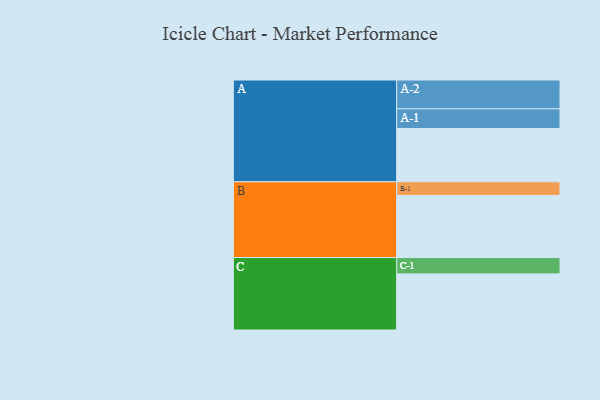
{"axis": {"x": "Segment", "y": "Value"}, "legend": ["", "A", "B", "C"], "data": [{"x": "A", "y": 498, "type": ""}, {"x": "B", "y": 580, "type": ""}, {"x": "C", "y": 524, "type": ""}, {"x": "A-1", "y": 184, "type": "A"}, {"x": "A-2", "y": 269, "type": "A"}, {"x": "B-1", "y": 128, "type": "B"}, {"x": "C-1", "y": 153, "type": "C"}]}